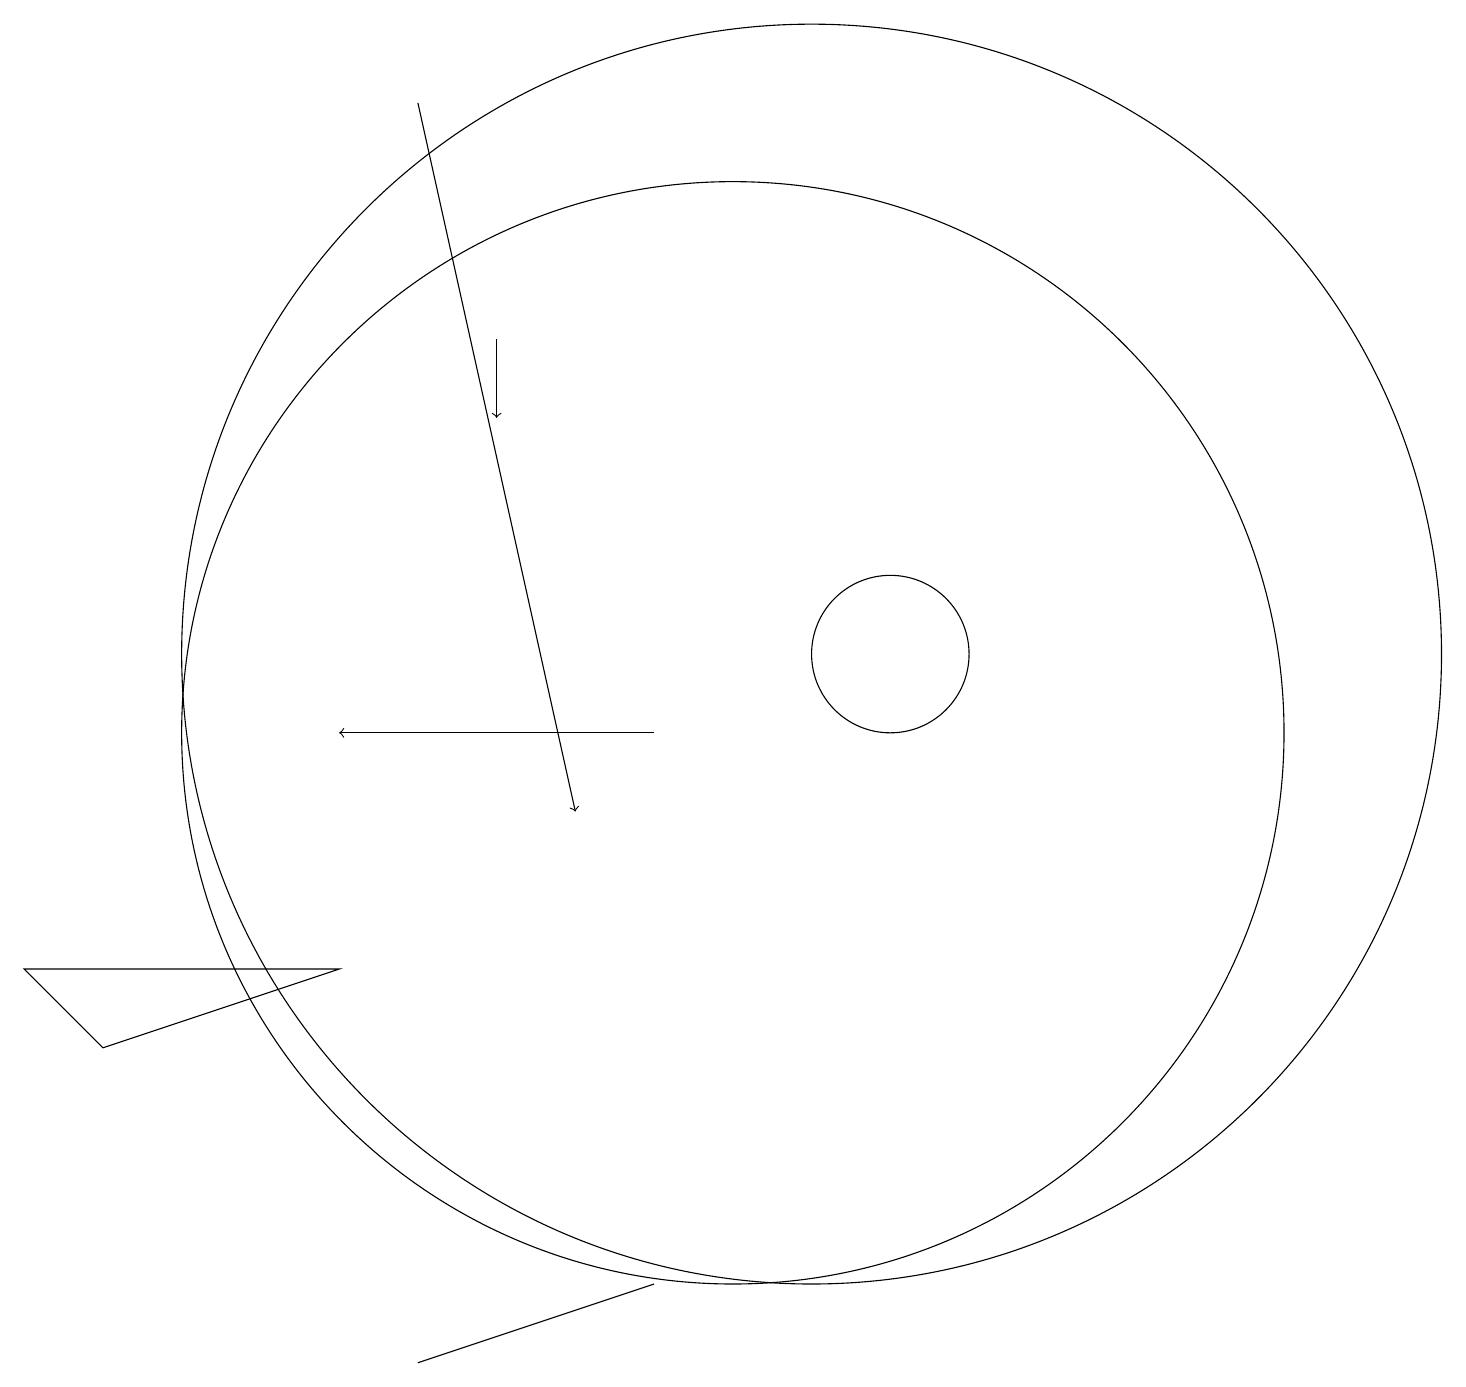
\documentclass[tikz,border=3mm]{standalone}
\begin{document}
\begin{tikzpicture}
\draw[->] (6,19) -- (8,10);
\draw (10,11) circle (7);
\draw[->] (7,16) -- (7,15);
\draw[->] (9,11) -- (5,11);
\draw (12,12) circle (1);
\draw (6,3) -- (9,4) -- (6,3) -- cycle;
\draw (11,12) circle (8);
\draw (1,8) -- (5,8) -- (2,7) -- cycle;
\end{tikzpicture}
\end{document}